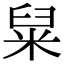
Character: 䊆